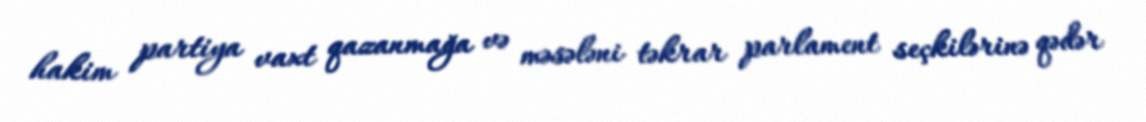
hakim partiya vaxt qazanmağa və məsələni təkrar parlament seçkilərinə qədər